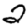
Digit: 2